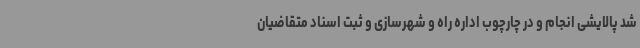
شد پالایشی انجام و در چارچوب اداره راه و شهرسازی و ثبت اسناد متقاضیان